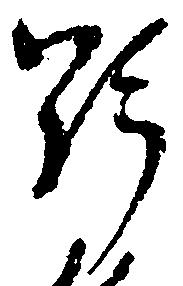
野